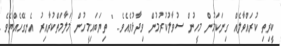
ކީރިތި ކުރައްވާލެއް ގިނަކަމުން މީހުން ސުވާލުކުރުމުން ވިދާޅުވެއެވެ. " ތިޔަބައިމީހުން މަލާމަތްކުރާއިރު އެނގޭހެއްޔެވެ.